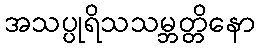
အသပ္ပုရိသသမ္ဘတ္တိနော